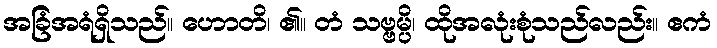
အခြံအရံရှိသည်။ ဟောတိ၊ ၏။ တံ သဗ္ဗမ္ပိ၊ ထိုအလုံးစုံသည်လည်း။ ဧကံ